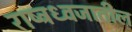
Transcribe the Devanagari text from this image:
राष्ट्रध्वजातील